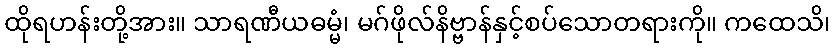
ထိုရဟန်းတို့အား။ သာရဏီယဓမ္မံ၊ မဂ်ဖိုလ်နိဗ္ဗာန်နှင့်စပ်သောတရားကို။ ကထေသိ၊